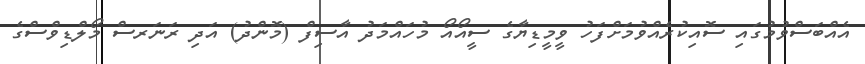
އެއްބަސްވުމުގައި ސޮއިކުރެއްވުމަށްފަހު ވީމީޑިޔާގެ ސީއޯއޯ މުހައްމަދު އާސިފް (މޮންދު) އަދި ރަނަރސް މޯލްޑިވްސްގެ